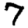
Digit: 7